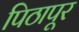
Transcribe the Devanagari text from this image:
पिठापूर